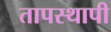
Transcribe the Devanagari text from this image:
तापस्थापी